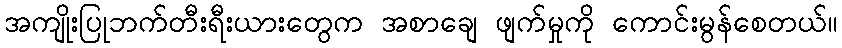
အကျိုးပြုဘက်တီးရီးယားတွေက အစာချေ ဖျက်မှုကို ကောင်းမွန်စေတယ်။